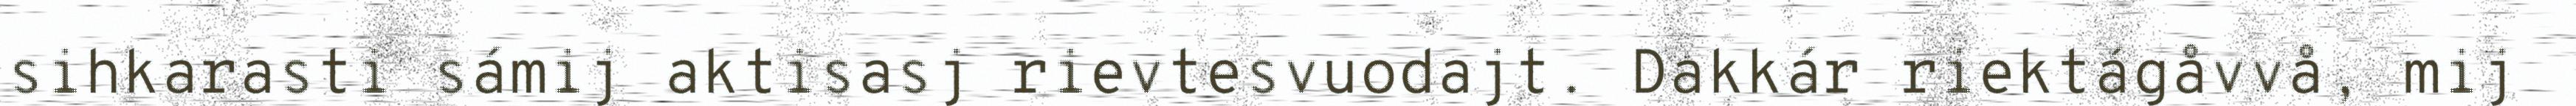
sihkarasti sámij aktisasj rievtesvuodajt. Dakkár riektágåvvå, mij